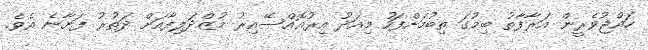
ހައްޖުވެރީން އަރާފާތު ބިމުގަ ތިބުމަށްފަހު މިއަދު އިރުއޮއްސޭއިރު މުޒްދަލިފާއަށް ދަތުރު ފަށާނެ އެވެ.